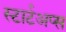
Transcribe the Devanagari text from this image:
स्टार्टअप्स